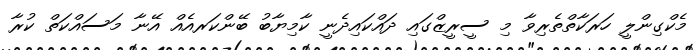
މެކްގިންލީ ހަރަކާތްތެރިވާ މި ސީރީޒްގައި ދައްކައިދެނީ ކާމިޔާބު ބޭންކަރއެއް އޭނާ މަސައްކަތް ކުރާ